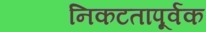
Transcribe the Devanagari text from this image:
निकटतापूर्वक